Calcutta medical institutions reports 1892-1900
Year: 1892
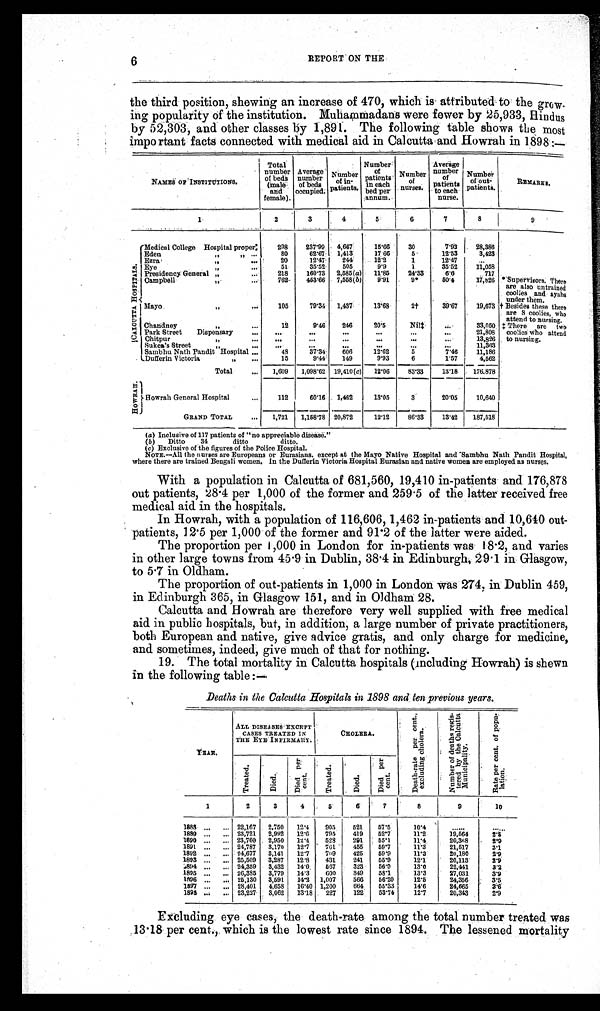
6
REPORT ON THE
the third position, shewing an increase of 470, which is attributed to the grow-
ing popularity of the institution. Muhammadans were fewer by 25,933, Hindus
by 52,303, and other classes by 1,891. The following table shows the most
important facts connected with medical aid in Calcutta and Howrah in 1898:—
NAMES OF INSTITUTIONS.
Total
number
of beds
(male and
female).
Average
number
of beds
occupied.
Number o f i n -
patients.
Number o f
patients
in each
bed per
annum.
Number o f
nurses.
Average
number of
patients
to each
nurse.
Number of out-
patients.
REMARKS.
1
2
3
4
5
6
7
8
9
C A L O U T T A H O S P I T A L S .
Medical College Hospital proper:
298 237.99 4,667
15.66 30
7.93 28,386
* Supervisors. There
are also untrained
coolies and ayahs
under them.
Eden ,, ,,
. . .
80
62.67 1,413
17.66
5
12.53
3,423
Ezra ,,
...
20
12.47 244
12.2
1
12.47
...
Eye ,,
. . .
51
35.52 505
9.9
1
35.52 11,058
Presidency General ,,
. . . 218 160.73 2,585(a) 11.85 24.33
6. 6
717
Campbell ,,
...
762 453.66 7,558(b) 9.91
9*
50. 4
17,826
Mayo ,,
...
105
79.34 1,437
13.68
2†
39.67 19,673 † Besides these there
are 8 coolies, who
attend to nursing.
Chandney ,,
...
12
9.46 246
20.5
Nil‡ . . .
33,050 ‡ There are two
coolies who attend
to nursing.
Park Street Dispensary
. . . ...
. . .
...
...
...
...
21,808
C h i t p u r , ,
. . .
. . .
...
...
. . . ...
...
13,826
Sukea' s St reet , ,
. . .
. . .
. . .
. . .
. . . ...
. . . 11,363
Sambhu Nath Pandit Hospital . . .
48
37.34 606
12.62
5
7.46 11,186
Dufferin Victoria ,,
. . .
15
9.44 149
9.93
6
1.57
4,562
Total
... 1,609 1,098.62 19,410(c) 12.06 83.33 13.18 176.878
H O W R A H .
Howrah General Hospital
. . . 112
60.16 1,462
13.05
3
20.05 10,640
GRAND TOTAL
... 1,721 1,158.78 20,872
12.12 86.33 13.42 187,518
(a)Inclusive of 117 patients of "no appreciable disease."
(b) Ditto 34 ditto ditto.
(c)Exclusive of the figures of the Police Hospital.
NOTE.—All the nurses are Europeans or Eurasians, except at the Mayo Native Hospital and Sambhu Nath Pandit Hospital,
where there are trained Bengali women. In the Dufferin Victoria Hospital Eurasian and native women are employed as nurses.
With a population in Calcutta of 681,560, 19,410 in-patients and 176,878
out patients, 28.4 per 1,000 of the former and 259.5 of the latter received free
medical aid in the hospitals.
In Howrah, with a population of 116,606, 1,462 in-patients and 10,640 out-
patients, 12.5 per 1,000 of the former and 91.2 of the latter were aided.
The proportion per 1,000 in London for in-patients was 18.2, and varies
in other large towns from 45.9 in Dublin, 38.4 in Edinburgh, 29.1 in Glasgow,
to 5.7 in Oldham.
The proportion of out-patients in 1,000 in London was 274, in Dublin 459,
in Edinburgh 365, in Glasgow 151, and in Oldham 28.
Calcutta and Howrah are therefore very well supplied with free medical
aid in public hospitals, but, in addition, a large number of private practitioners,
both European and native, give advice gratis, and only charge for medicine,
and sometimes, indeed, give much of that for nothing.
19. The total mortality in Calcutta hospitals (including Howrah) is shewn
in the following table:—
Deaths in the Calcutta Hospitals in 1898 and ten previous years.
YEAR.
ALL DISEASES EXCEPT
CASES TREATED IN
THE EYE INFIRMARY.
CHOLERA.
D e a t h - r a t e p e r c e n t . ,
e x c l u d i n g c h o l e r a .
N u m b e r o f d e a t h s r e g i s -
t e r e d b y t h e C a l c u t t a
Mu n i c i p a l i t y .
R a t e p e r c e n t . o f p o p u -
l a t i o n .
Tr e a t e d .
Di ed.
D i e d p e r
cent .
T r e a t e d . Di e d .
Di e d p e r
cent .
1
2
3
4
5
6
7
8
9
10
1888 . . . ... 22,167 2,750 12.4 905 521 57.5
10.4
. . . . . .
. . . . . .
1889 . . . ... 23,721 2,992 12.6 795 419 52.7
11.2
19, 564
2 . 8
1890 . . . ... 23,760 2,950 12.4 528 291 55.1
11.4
20, 368
2.9
1891 ... ... 24,787 3,170 12.7 761 455 59.7
11.3
21, 517
3.1
1892 . . . ... 24,677 3,141 12.7 709 425 59.9
11.3
20,180
2 . 9
1893 . . . ... 25,509 3,287 12.8 431 241 55.9
12.1
20,113
2 . 9
1894 . . . ... 24,359 3,432 14.0 567 323 56.9
13.0
22,441
3 . 2
1895 ... ... 26,385 3,779 14.3
6 0 0
3 4 9 58.1
13.3
27,031
3 . 9
1896 ...
. . . 25,130 3,591 14.2 1,007 566 56.20 12.5
24,356
3 . 5
1897 ...
. . . 28,401 4,658 16.40 1,200 664 55.33
14.6
24,665
3 . 6
1898 ... ... 23,227 3,062 13.18 227 122 53.74 12.7
20,343
2 . 9
Excluding eye cases, the death-rate among the total number treated was
13.18 per cent., which is the lowest rate since 1894. The lessened mortality